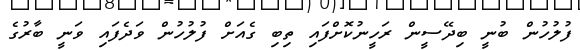
ފުލުހުން ބުނީ ބިދޭސީން ރަހީނުކޮށްފައި ތިބި ގެއަށް ފުލުހުން ވަދެފައި ވަނީ ބާރުގެ